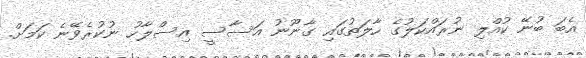
އެބަ ބުނޭ ކުއްލި ނުރައްކަލުގެ ހާލަތުގައި ގާނޫނު އަސާސީ އިސްލާހު ނުކުރެވޭނެ ކަމަށް.